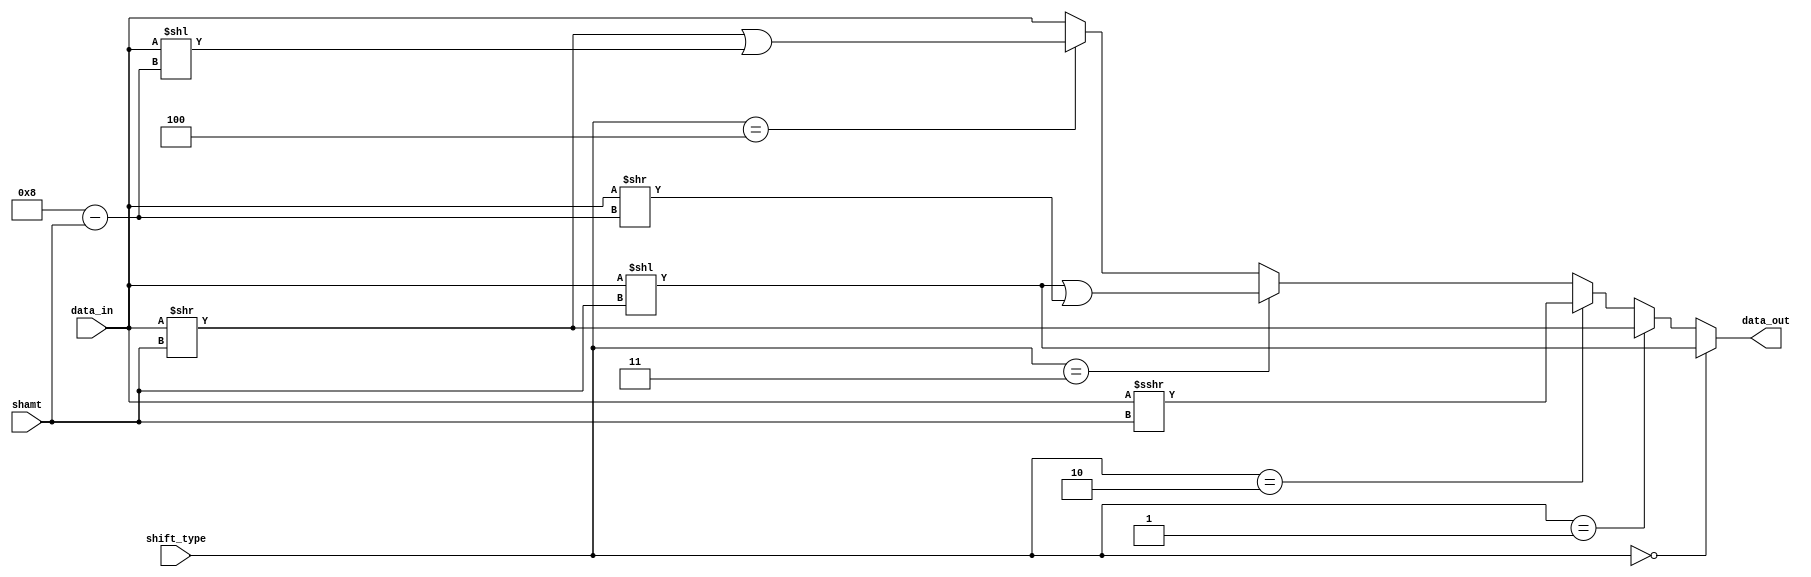
module barrel_shifter (
	data_in, 
	shift_type, 
	shamt, 
	data_out
); 
	input [7:0]data_in; 
	input [4:0]shamt; 
	input [2:0]shift_type; 
	output reg [7:0] data_out; 
		
	always @(*) begin 
		if (shift_type == 3'b000) data_out <= data_in << shamt; // 000 for logical left shift
		else if (shift_type == 3'b001) data_out <= data_in >> shamt; // 001 for logical right shift 
		else if (shift_type == 3'b010) data_out <= data_in >>> shamt; // 010 arithmetic right shift 
		else if (shift_type == 3'b011) data_out <= (data_in << shamt) | (data_in >> (5'b01000-shamt)) ; // 011 for rotate left 
		else if (shift_type == 3'b100) data_out <= (data_in >> shamt) | (data_in << (5'b01000-shamt)) ; // 100 for rotate right
		else data_out <= data_in; // do nothing 
	end 
	
endmodule